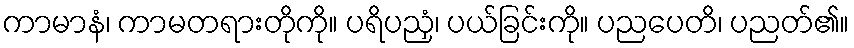
ကာမာနံ၊ ကာမတရားတိုကို။ ပရိပညှံ၊ ပယ်ခြင်းကို။ ပညပေတိ၊ ပညတ်၏။